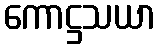
ကောဋ္ဌသယာ